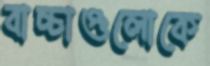
বাচ্চাগুলোকে